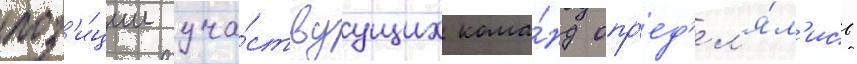
поз'и́ции уча́ствуущих кома́нд опр'ед'ел'я́л'ись